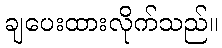
ချပေးထားလိုက်သည်။